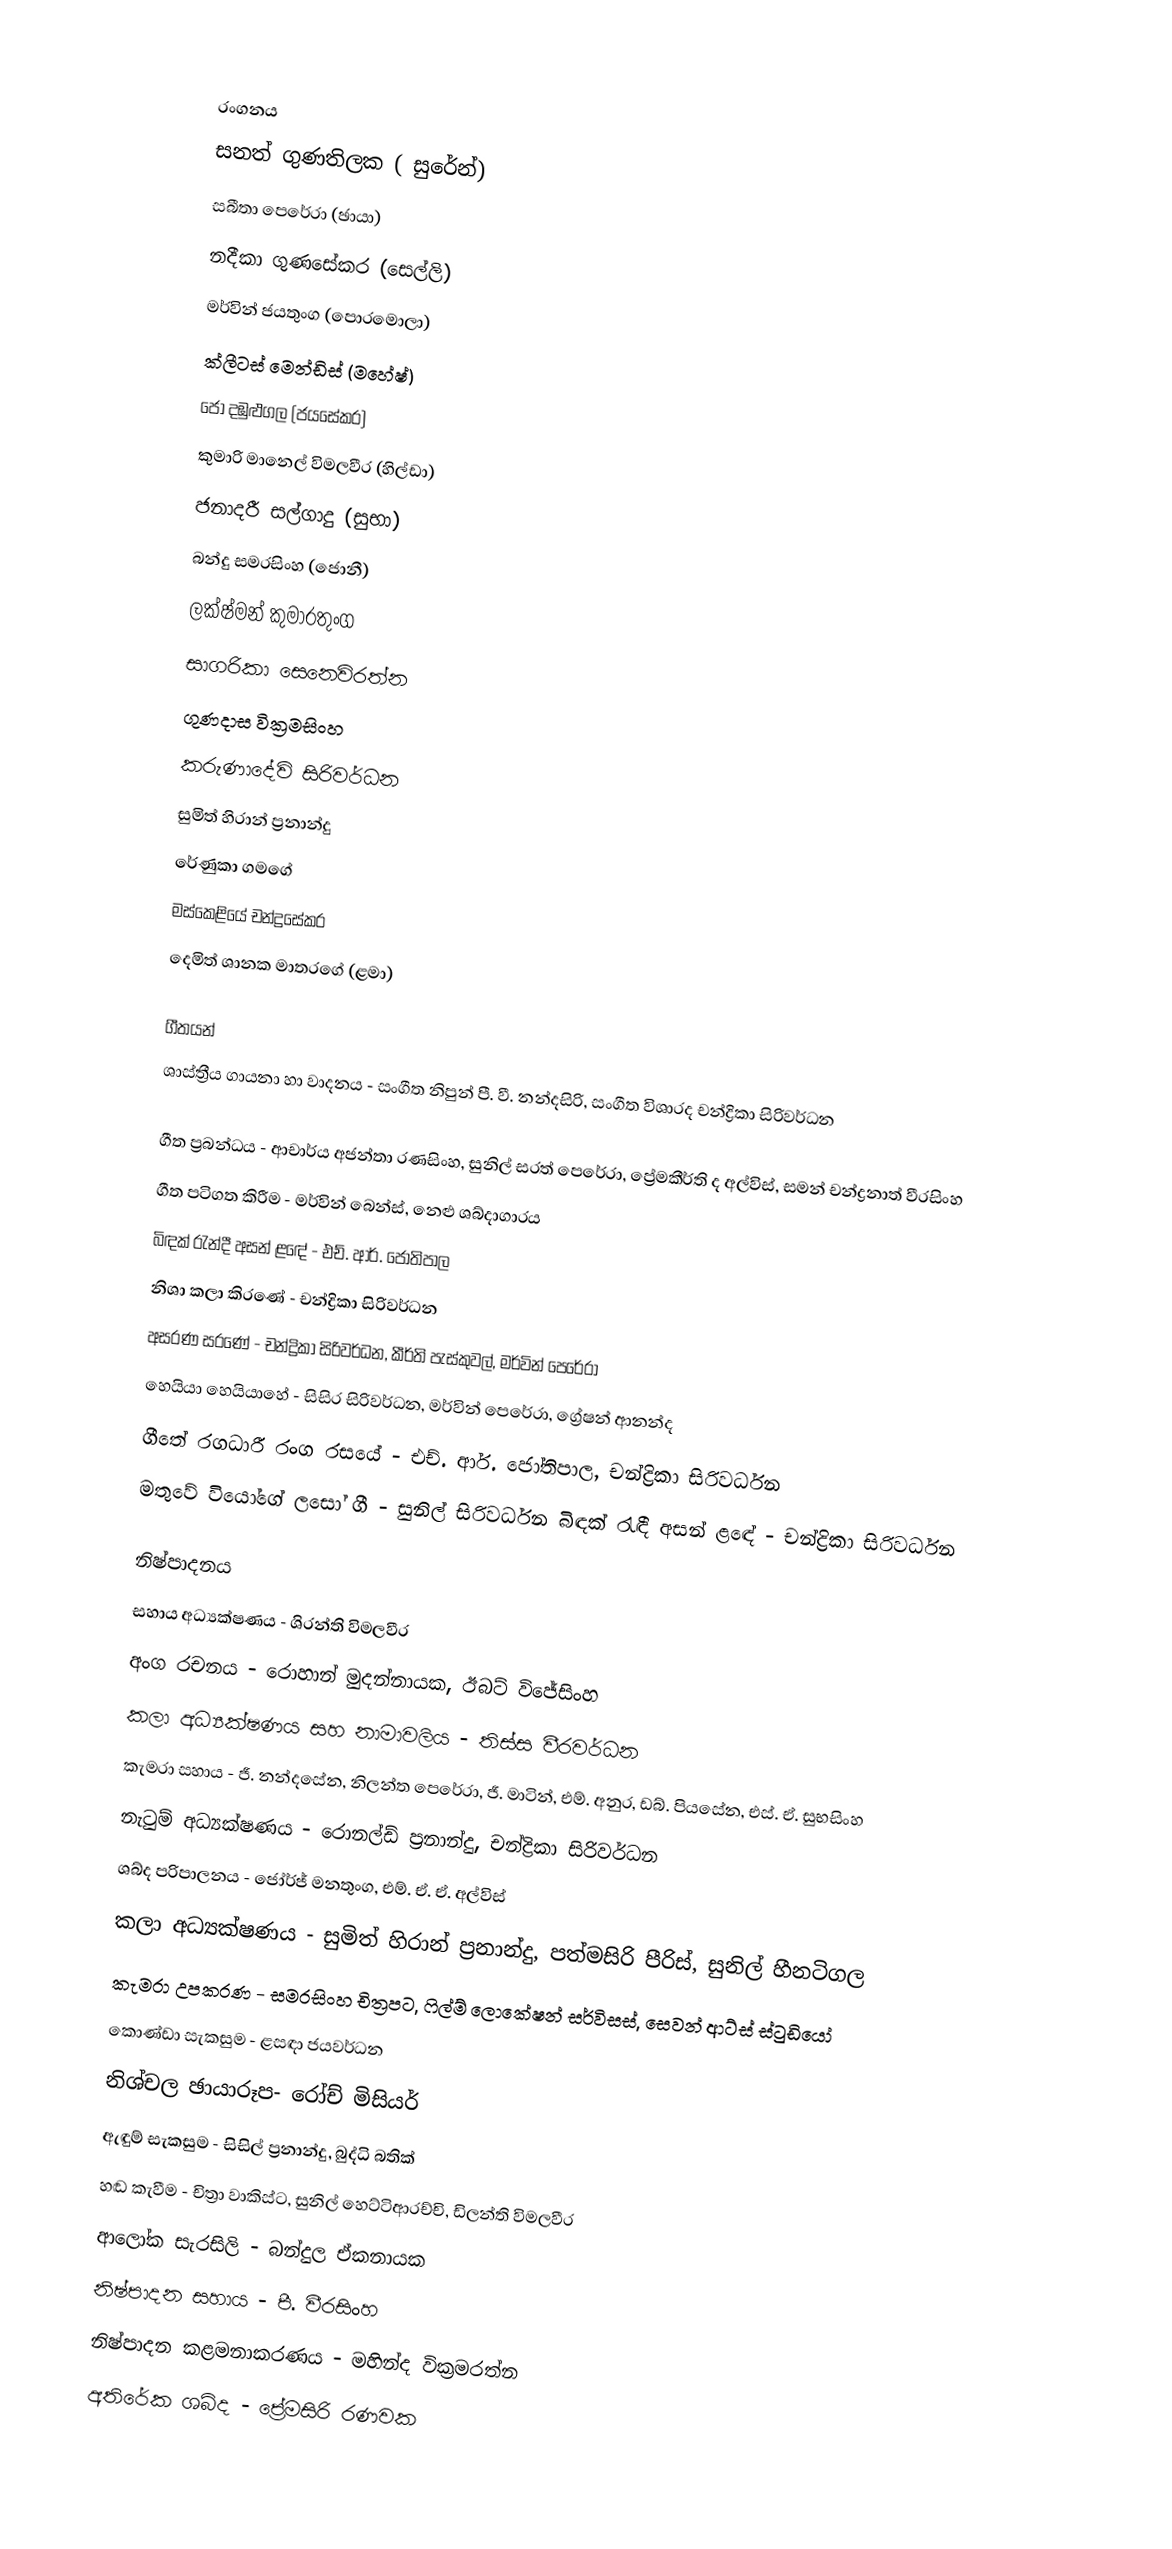

රංගනය
සනත් ගුණතිලක ( සුරේන්)
සබීතා පෙරේරා (ඡායා)
නදීකා ගුණසේකර (සෙල්ලි)
මර්වින් ජයතුංග (පොරමොලා)
ක්ලීටස් මෙන්ඩිස් (මහේෂ්)
ජෝ දඹුළුගල (ජයසේකර)
කුමාරි මානෙල් විමලවීර (හිල්ඩා)
ජනාදරී සල්ගාදු (සුභා)
බන්දු සමරසිංහ (ජොනී)
ලක්ෂ්මන් කුමාරතුංග
සාගරිකා සෙනෙවිරත්න
ගුණදාස වික්‍රමසිංහ
කරුණාදේවි සිරිවර්ධන
සුමිත් හිරාන් ප්‍රනාන්දු
රේණුකා ගමගේ
මස්කෙළියේ චන්ද්‍රසේකර
දෙමිත් ශානක මාතරගේ (ළමා)

ගීතයන්
ශාස්ත්‍රීය ගායනා හා වාදනය - සංගීත නිපුන් පී. වී. නන්දසිරි, සංගීත විශාරද චන්ද්‍රිකා සිරිවර්ධන

ගීත ප්‍රබන්ධය - ආචාර්ය අජන්තා රණසිංහ, සුනිල් සරත් පෙරේරා, ප්‍රේමකීර්ති ද අල්විස්, සමන් චන්ද්‍රනාත් වීරසිංහ
ගීත පටිගත කිරීම - මර්වින් බෙන්ස්, නෙළු ශබ්දාගාරය
බිඳක් රැන්දී අසන් ළඳේ - එච්. ආර්. ජෝතිපාල
නිශා කලා කිරණේ - චන්ද්‍රිකා සිරිවර්ධන
අසරණ සරණේ - චන්ද්‍රිකා සිරිවර්ධන, කීර්ති පැස්කුවල්, මර්වින් පෙරේරා
හෙයියා හෙයියාහේ - සිසිර සිරිවර්ධන, මර්වින් පෙරේරා, ග්‍රේෂන් ආනන්ද
ගීතේ රගධාරී රංග රසයේ - එච්. ආර්. ජෝතිපාල, චන්ද්‍රිකා සිරිවර්ධන
මතුවේ වියෝගේ ලසෝ ගී - සුනිල් සිරිවර්ධන බිඳක් රැඳී අසන් ළඳේ - චන්ද්‍රිකා සිරිවර්ධන

නිෂ්පාදනය
සහාය අධ්‍යක්ෂණය - ශිරන්ති විමලවීර
අංග රචනය - රොහාන් මුදන්නායක, ඊබට් විජේසිංහ
කලා අධ්‍යක්ෂණය සහ නාමාවලිය - තිස්ස වීරවර්ධන
කැමරා සහාය - ජී. නන්දසේන, නිලන්ත පෙරේරා, ජී. මාටින්, එම්. අනුර, ඩබ්. පියසේන, එස්. ඒ. සුභසිංහ
නැටුම් අධ්‍යක්ෂණය - රොනල්ඩ් ප්‍රනාන්දු, චන්ද්‍රිකා සිරිවර්ධන
ශබ්ද පරිපාලනය - ජෝර්ජ් මනතුංග, එම්. ඒ. ඒ. අල්විස්
කලා අධ්‍යක්ෂණය - සුමිත් හිරාන් ප්‍රනාන්දු, පත්මසිරි පීරිස්, සුනිල් හීනටිගල
කැමරා උපකරණ - සමරසිංහ චිත්‍රපට, ෆිල්ම් ලොකේෂන් සර්විසස්, සෙවන් ආට්ස් ස්ටුඩියෝ
කොණ්ඩා සැකසුම - ළසඳා ජයවර්ධන
නිශ්චල ඡායාරූප- රෝච් මිසියර්
ඇඳුම් සැකසුම - සිසිල් ප්‍රනාන්දු, බුද්ධි බතික්
හඬ කැවීම - චිත්‍රා වාකිස්ට, සුනිල් හෙට්ටිආරච්චි, ඩිලන්ති විමලවීර
ආලෝක සැරසිලි - බන්දුල ඒකනායක
නිෂ්පාදන සහාය - පී. වීරසිංහ
නිෂ්පාදන කළමනාකරණය - මහින්ද වික්‍රමරත්න
අතිරේක ශබ්ද - ප්‍රේමසිරි රණවක